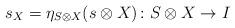
LaTeX: \begin{align*} s_X = \eta_{S \otimes X}(s \otimes X) \colon S \otimes X \to I \end{align*}